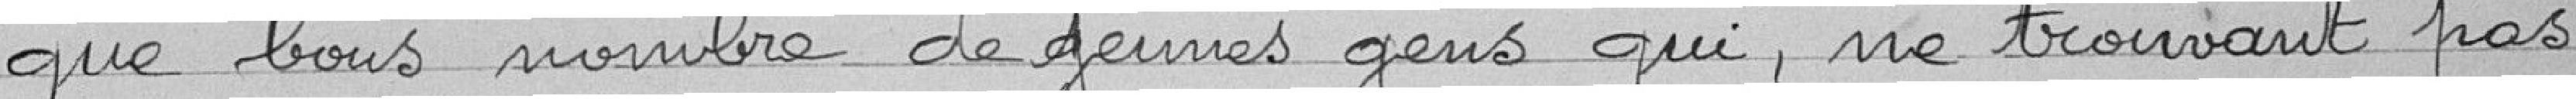
Que bons nombres de jeunes gens qui, ne trouvant pas